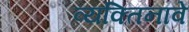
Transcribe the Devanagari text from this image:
व्यक्तिनावे